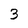
Character: 3